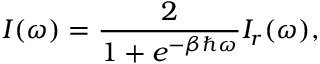
I ( \omega ) = \frac { 2 } { 1 + e ^ { - \beta \hbar \omega } } I _ { r } ( \omega ) ,